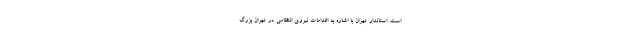
است. استاندار تهران با اشاره به اقدامات نیروی انتظامی در تهران بزرگ